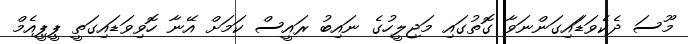
މޫސަ ދެކެވަޑަައިގަންނަވާ ގޮތުގައި މަޖިލީހުގެ ނައިބު ރައީސް ކަމަށް އޭނާ ހޮވިވަޑައިގަތީ ޕީޕީއެމް